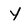
Character: Y